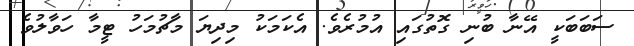
ސަބަބަކީ އޭނާ ބުނި ގޮތުގައި އުމުރެވެ. އެކަމަކު މިދިޔަ މާޗުމަހު ޓީމާ ހަވާލުވެ